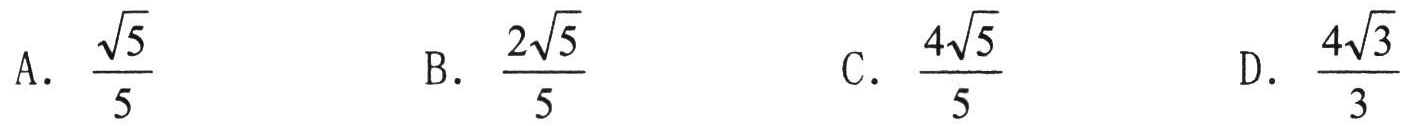
A. $\frac{\sqrt{5}}{5}$
B. $\frac{2\sqrt{5}}{5}$
C. $\frac{4\sqrt{5}}{5}$
D. $\frac{4\sqrt{3}}{3}$